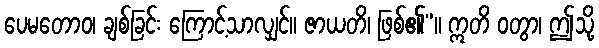
ပေမတောဝ၊ ချစ်ခြင်း ကြောင့်သာလျှင်။ ဇာယတိ၊ ဖြစ်၏”။ ဣတိ ဝတွာ၊ ဤသို့